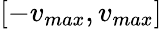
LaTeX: [-v_{max},v_{max}]